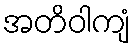
အတိဝါကျံ